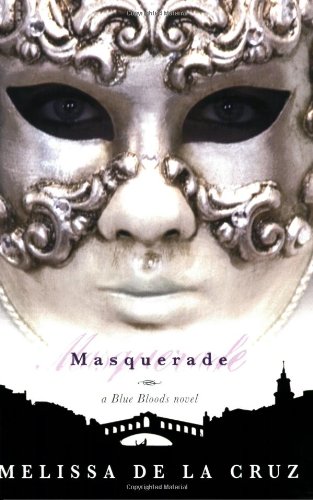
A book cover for Masquerade (Blue Bloods, Book 2); Melissa De La Cruz; Children's Books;